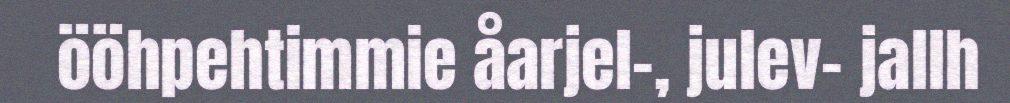
ööhpehtimmie åarjel-, julev- jallh